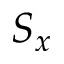
S _ { x }